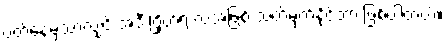
ပတ်နေမှသာလျှင် အဲဒီ ဂြိုဟ်ရဲ့ လအဖြစ် သတ်မှတ်နိုင်တာ ဖြစ်ပါတယ်။